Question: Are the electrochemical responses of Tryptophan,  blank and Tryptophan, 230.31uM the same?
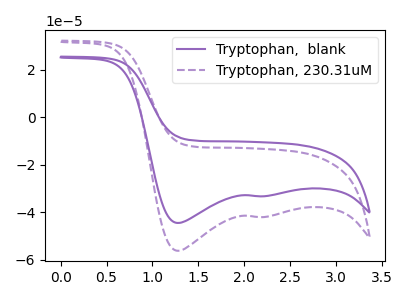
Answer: <think>The purple curve "Tryptophan,  blank" has cathodic peaks at (1.25V, -44.45uA) (2.15V, -33.20uA). The purple dashed curve "Tryptophan, 230.31uM" has cathodic peaks at (1.25V, -56.15uA) (2.15V, -41.95uA).
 All the peaks in "Tryptophan,  blank" have a peak in "Tryptophan, 230.31uM" at the same potential. Every peak in "Tryptophan,  blank" is lower than every peak in "Tryptophan, 230.31uM".</think>
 <answer>"Tryptophan,  blank" and "Tryptophan, 230.31uM" are similar in shape.</answer>
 <eval>same_shape</eval>